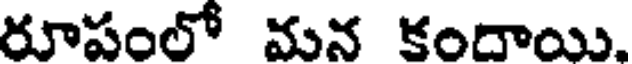
రూపంలో మన కందాయి.